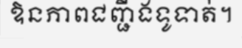
ឱនភាពជញ្ជីងទូទាត់។